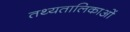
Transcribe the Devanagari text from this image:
तथ्यतालिकाओं